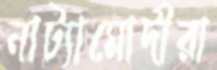
নাট্যামোদীরা